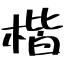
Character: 楷